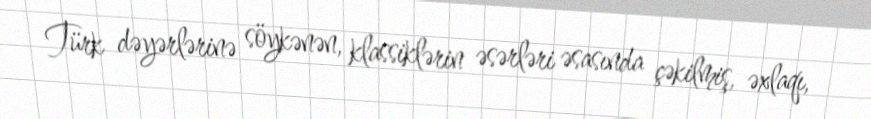
Türk dəyərlərinə söykənən, klassiklərin əsərləri əsasında çəkilmiş, əxlaqı,